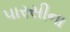
પારસીના